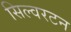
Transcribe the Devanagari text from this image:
सिल्वरटन